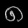
Digit: ၈